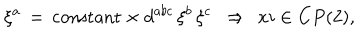
\xi ^ { a } \, = \, \mathrm { c o n s t a n t } \times d ^ { a b c } \, \xi ^ { b } \, \xi ^ { c } \ \ \Rightarrow \ \, x i \in C P ( 2 ) ,